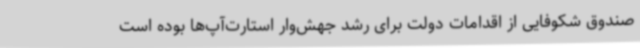
صندوق شکوفایی از اقدامات دولت برای رشد جهش‌وار استارت‌آپ‌ها بوده است